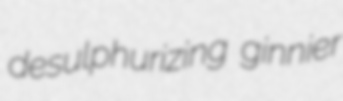
desulphurizing ginnier